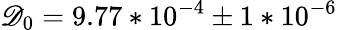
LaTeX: \mathscr{D}_{0}=9.77*10^{-4}\pm1*10^{-6}